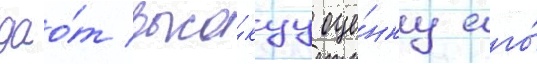
дао́т высо́куу оце́нку его́